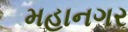
મહાનગર